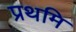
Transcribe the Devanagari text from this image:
प्रथमि